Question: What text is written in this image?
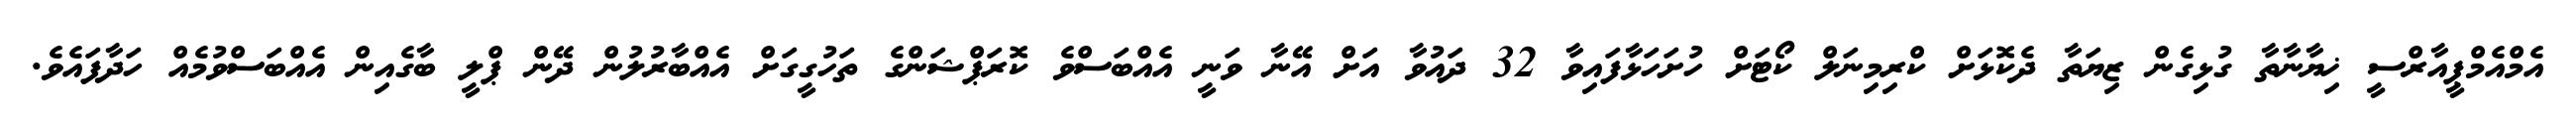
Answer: އެމްއެމްޕީއާރްސީ ޚިޔާނާތާ ގުޅިގެން ޒިޔަތާ ދެކޮޅަށް ކްރިމިނަލް ކޯޓަށް ހުށަހަޅާފައިވާ 32 ދައުވާ އަށް އޭނާ ވަނީ އެއްބަސްވެ ކޮރަޕްޝަންގެ ތަހުގީގަށް އެއްބާރުލުން ދޭން ޕްލީ ބާގެއިން އެއްބަސްވުމެއް ހަދާފައެވެ.